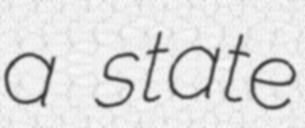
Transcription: a state